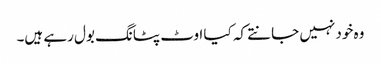
وہ خود نہیں جانتے کہ کیا اوٹ پٹانگ بول رہے ہیں۔